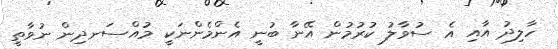
ހާލިދު އާއި އެ ސުވާލު ކުރުމުން އޭނާ ބުނީ އެންމެންނަކީ މުއްސަނދިން ނުވާތީ